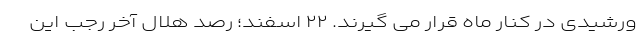
ورشیدی در کنار ماه قرار می گیرند. ۲۲ اسفند؛ رصد هلال آخر رجب این